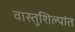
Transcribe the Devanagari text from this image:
वास्तुशिल्पांत